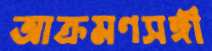
আক্রমণসঙ্গী